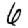
Digit: 6